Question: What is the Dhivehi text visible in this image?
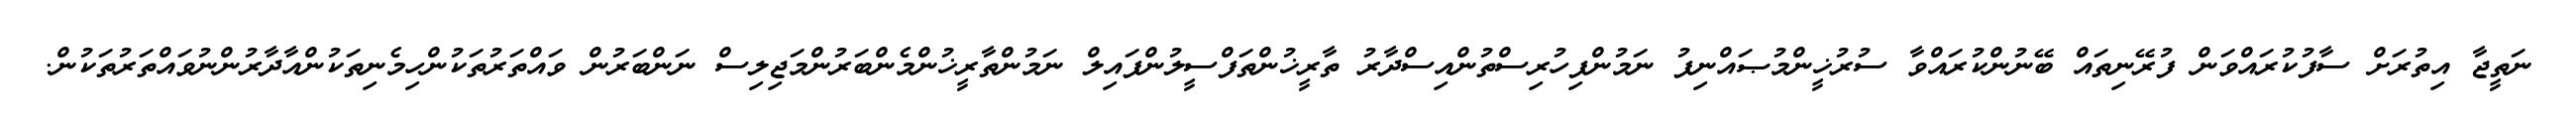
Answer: ނަތީޖާ އިތުރަށް ސާފުކުރައްވަން ފުރޭނިތައް ބޭނުންކުރައްވާ ސުރުޚީންމުޞައްނިފު ނަމުންފިހުރިސްތުންއިސްދާރު ތާރީޚުންތަފްސީލުންފައިލް ނަމުންތާރީޚުންމެންބަރުންމަޖިލިސް ނަންބަރުން ވައްތަރުތަކުންހިމެނިތަކުންއާދާރުންނުވައްތަރުތަކުން.